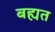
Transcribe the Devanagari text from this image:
बह्यत